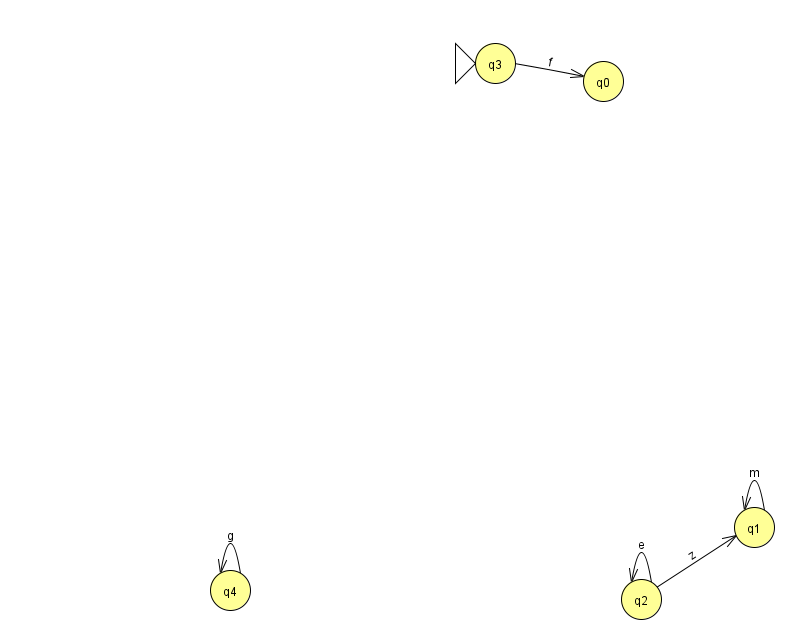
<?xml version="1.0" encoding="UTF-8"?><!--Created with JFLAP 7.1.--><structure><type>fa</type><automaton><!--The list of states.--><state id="0" name="q0"><x>603.0</x><y>68.0</y></state><state id="1" name="q1"><x>754.0</x><y>514.0</y></state><state id="2" name="q2"><x>641.0</x><y>586.0</y></state><state id="3" name="q3"><x>495.0</x><y>50.0</y><initial/></state><state id="4" name="q4"><x>230.0</x><y>577.0</y></state><!--The list of transitions.--><transition><from>2</from><to>2</to><read>e</read></transition><transition><from>2</from><to>1</to><read>z</read></transition><transition><from>3</from><to>0</to><read>f</read></transition><transition><from>4</from><to>4</to><read>g</read></transition><transition><from>1</from><to>1</to><read>m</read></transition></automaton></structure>